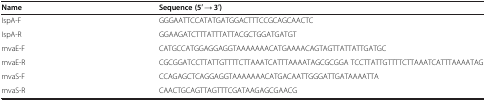
<table><thead><tr><td><b>Name</b></td><td><b>Sequence (5′ → 3′)</b></td></tr></thead><tbody><tr><td>IspA-F</td><td>GGGAATTCCATATGATGGACTTTCCGCAGCAACTC</td></tr><tr><td>IspA-R</td><td>GGAAGATCTTTATTTATTACGCTGGATGATGT</td></tr><tr><td>mvaE-F</td><td>CATGCCATGGAGGAGGTAAAAAAACATGAAAACAGTAGTTATTATTGATGC</td></tr><tr><td>mvaE-R</td><td>CGCGGATCCTTATTGTTTTCTTAAATCATTTAAAATAGCGCGGA TCCTTATTGTTTTCTTAAATCATTTAAAATAG</td></tr><tr><td>mvaS-F</td><td>CCAGAGCTCAGGAGGTAAAAAAACATGACAATTGGGATTGATAAAATTA</td></tr><tr><td>mvaS-R</td><td>CAACTGCAGTTAGTTTCGATAAGAGCGAACG</td></tr></tbody></table>